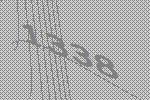
1338